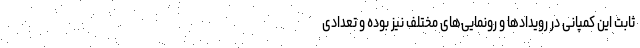
ثابت این کمپانی در رویدادها و رونمایی‌های مختلف نیز بوده و تعدادی